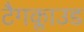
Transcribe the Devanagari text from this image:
टैगक्लाउड